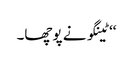
‘‘ ٹینگو نے پوچھا۔